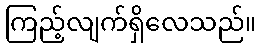
ကြည့်လျက်ရှိလေသည်။